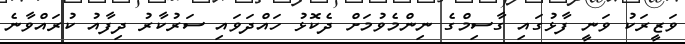
ވަޒީރަކު ވަނީ ފާޅުގައި ގާސިމްގެ ނިންމެވުމަށް ދެކޮޅު ހައްދަވައި ސަރުކާރު ދިފާއު ކުރައްވާނެ